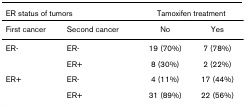
<table><thead><tr><td colspan="2"><b>ER status of tumors</b></td><td colspan="2"><b>Tamoxifen treatment</b></td></tr></thead><tbody><tr><td>First cancer</td><td>Second cancer</td><td>No</td><td>Yes</td></tr><tr><td>ER-</td><td>ER-</td><td>19 (70%)</td><td>7 (78%)</td></tr><tr><td></td><td>ER+</td><td>8 (30%)</td><td>2 (22%)</td></tr><tr><td>ER+</td><td>ER-</td><td>4 (11%)</td><td>17 (44%)</td></tr><tr><td></td><td>ER+</td><td>31 (89%)</td><td>22 (56%)</td></tr></tbody></table>